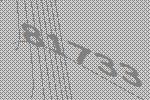
81733